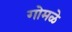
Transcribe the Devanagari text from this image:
गोमळे